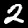
Digit: 2